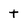
Character: t